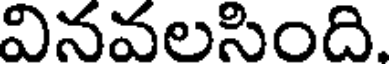
వినవలసింది.